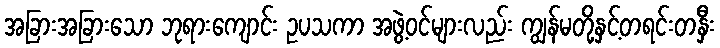
အခြားအခြားသော ဘုရားကျောင်း ဥပသကာ အဖွဲ့ဝင်များလည်း ကျွန်မတို့နှင့်တရင်းတနှီး